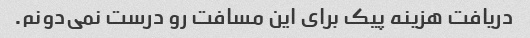
دریافت هزینه پیک برای این مسافت رو درست نمی‌دونم.